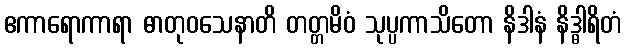
ဧကာရောကာရာ ဓာတုဝသေနာတိ တတ္တမိဝံ သုပ္ပကာသိတော နိဒါနံ နိဒ္ဓါရိတံ